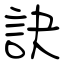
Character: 訣